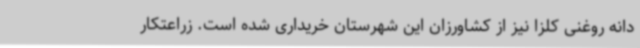
دانه روغنی کلزا نیز از کشاورزان این شهرستان خریداری شده است. زراعتکار